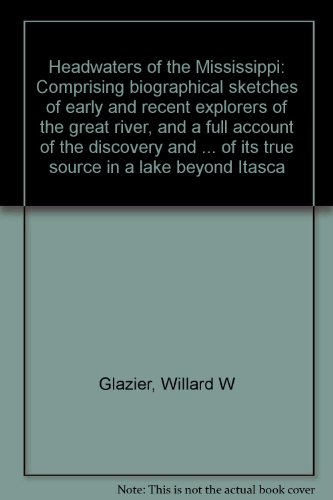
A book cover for Headwaters of the Mississippi: Comprising biographical sketches of early and recent explorers of the great river, and a full account of the discovery ... of its true source in a lake beyond Itasca; Willard W Glazier; Travel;